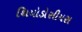
થિયોડોસીયસ